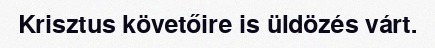
Krisztus követőire is üldözés várt.